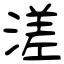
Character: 溠